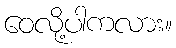
ဝေလို့ပါကလား။